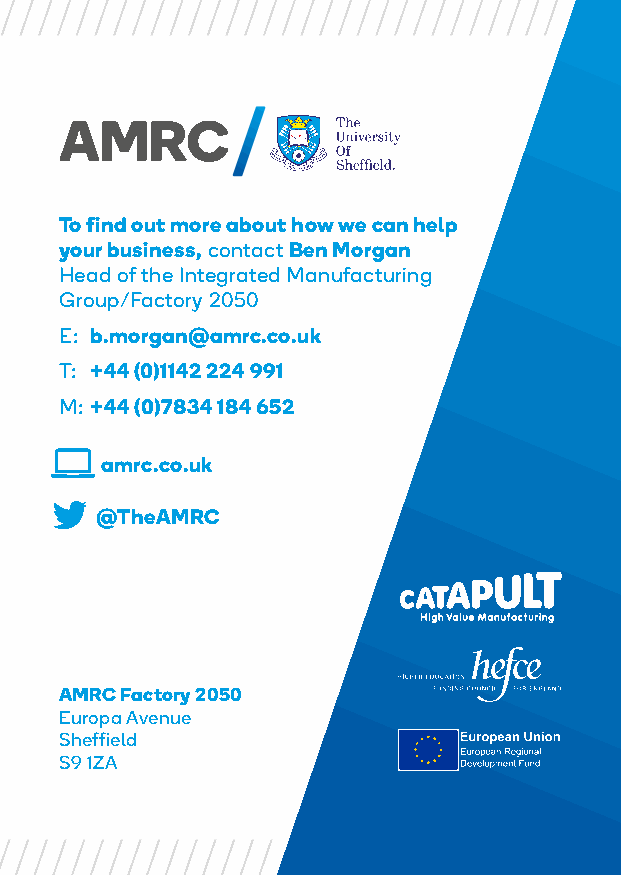
To find out more about how we can help
 your business, contact Ben Morgan
 Head of the Integrated Manufacturing
 Group/Factory 2050
 E: b.morgan@amrc.co.uk
 T: +44 (0)1142 224 991
 M: +44 (0)7834 184 652
 amrc.co.uk
 @TheAMRC
 AMRC Factory 2050
 Europa Avenue
 Sheffield
 S9 1ZA